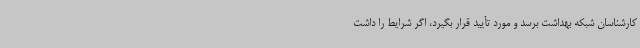
کارشناسان شبکه بهداشت برسد و مورد تأیید قرار بگیرد، اگر شرایط را داشت